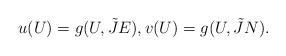
LaTeX: \begin{align*}u(U)=g(U,\tilde{J}E),v(U)=g(U,\tilde{J}N). \end{align*}